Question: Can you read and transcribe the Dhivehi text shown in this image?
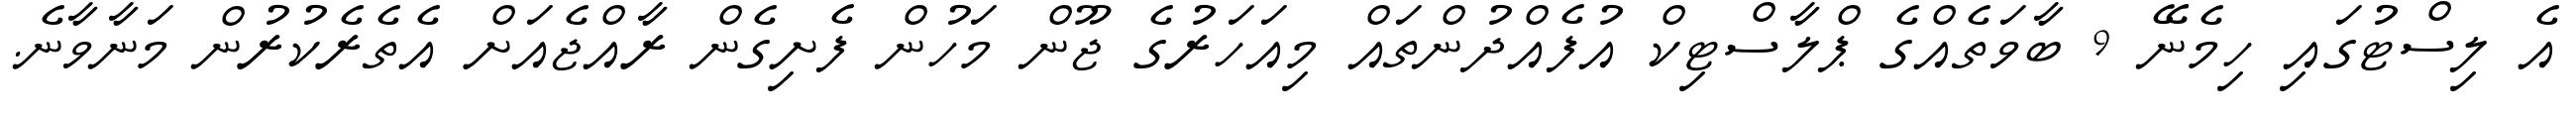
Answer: އެ ލިސްޓުގައި ހިމެނޭ 9 ބާވަތެއްގެ ޕްލާސްޓިކް އުފެއްދުންތައް މިއަހަރުގެ ޖޫން މަހުން ފެށިގެން ރާއްޖެއަށް އެތެރެކުރުން މަނާވާނެ.